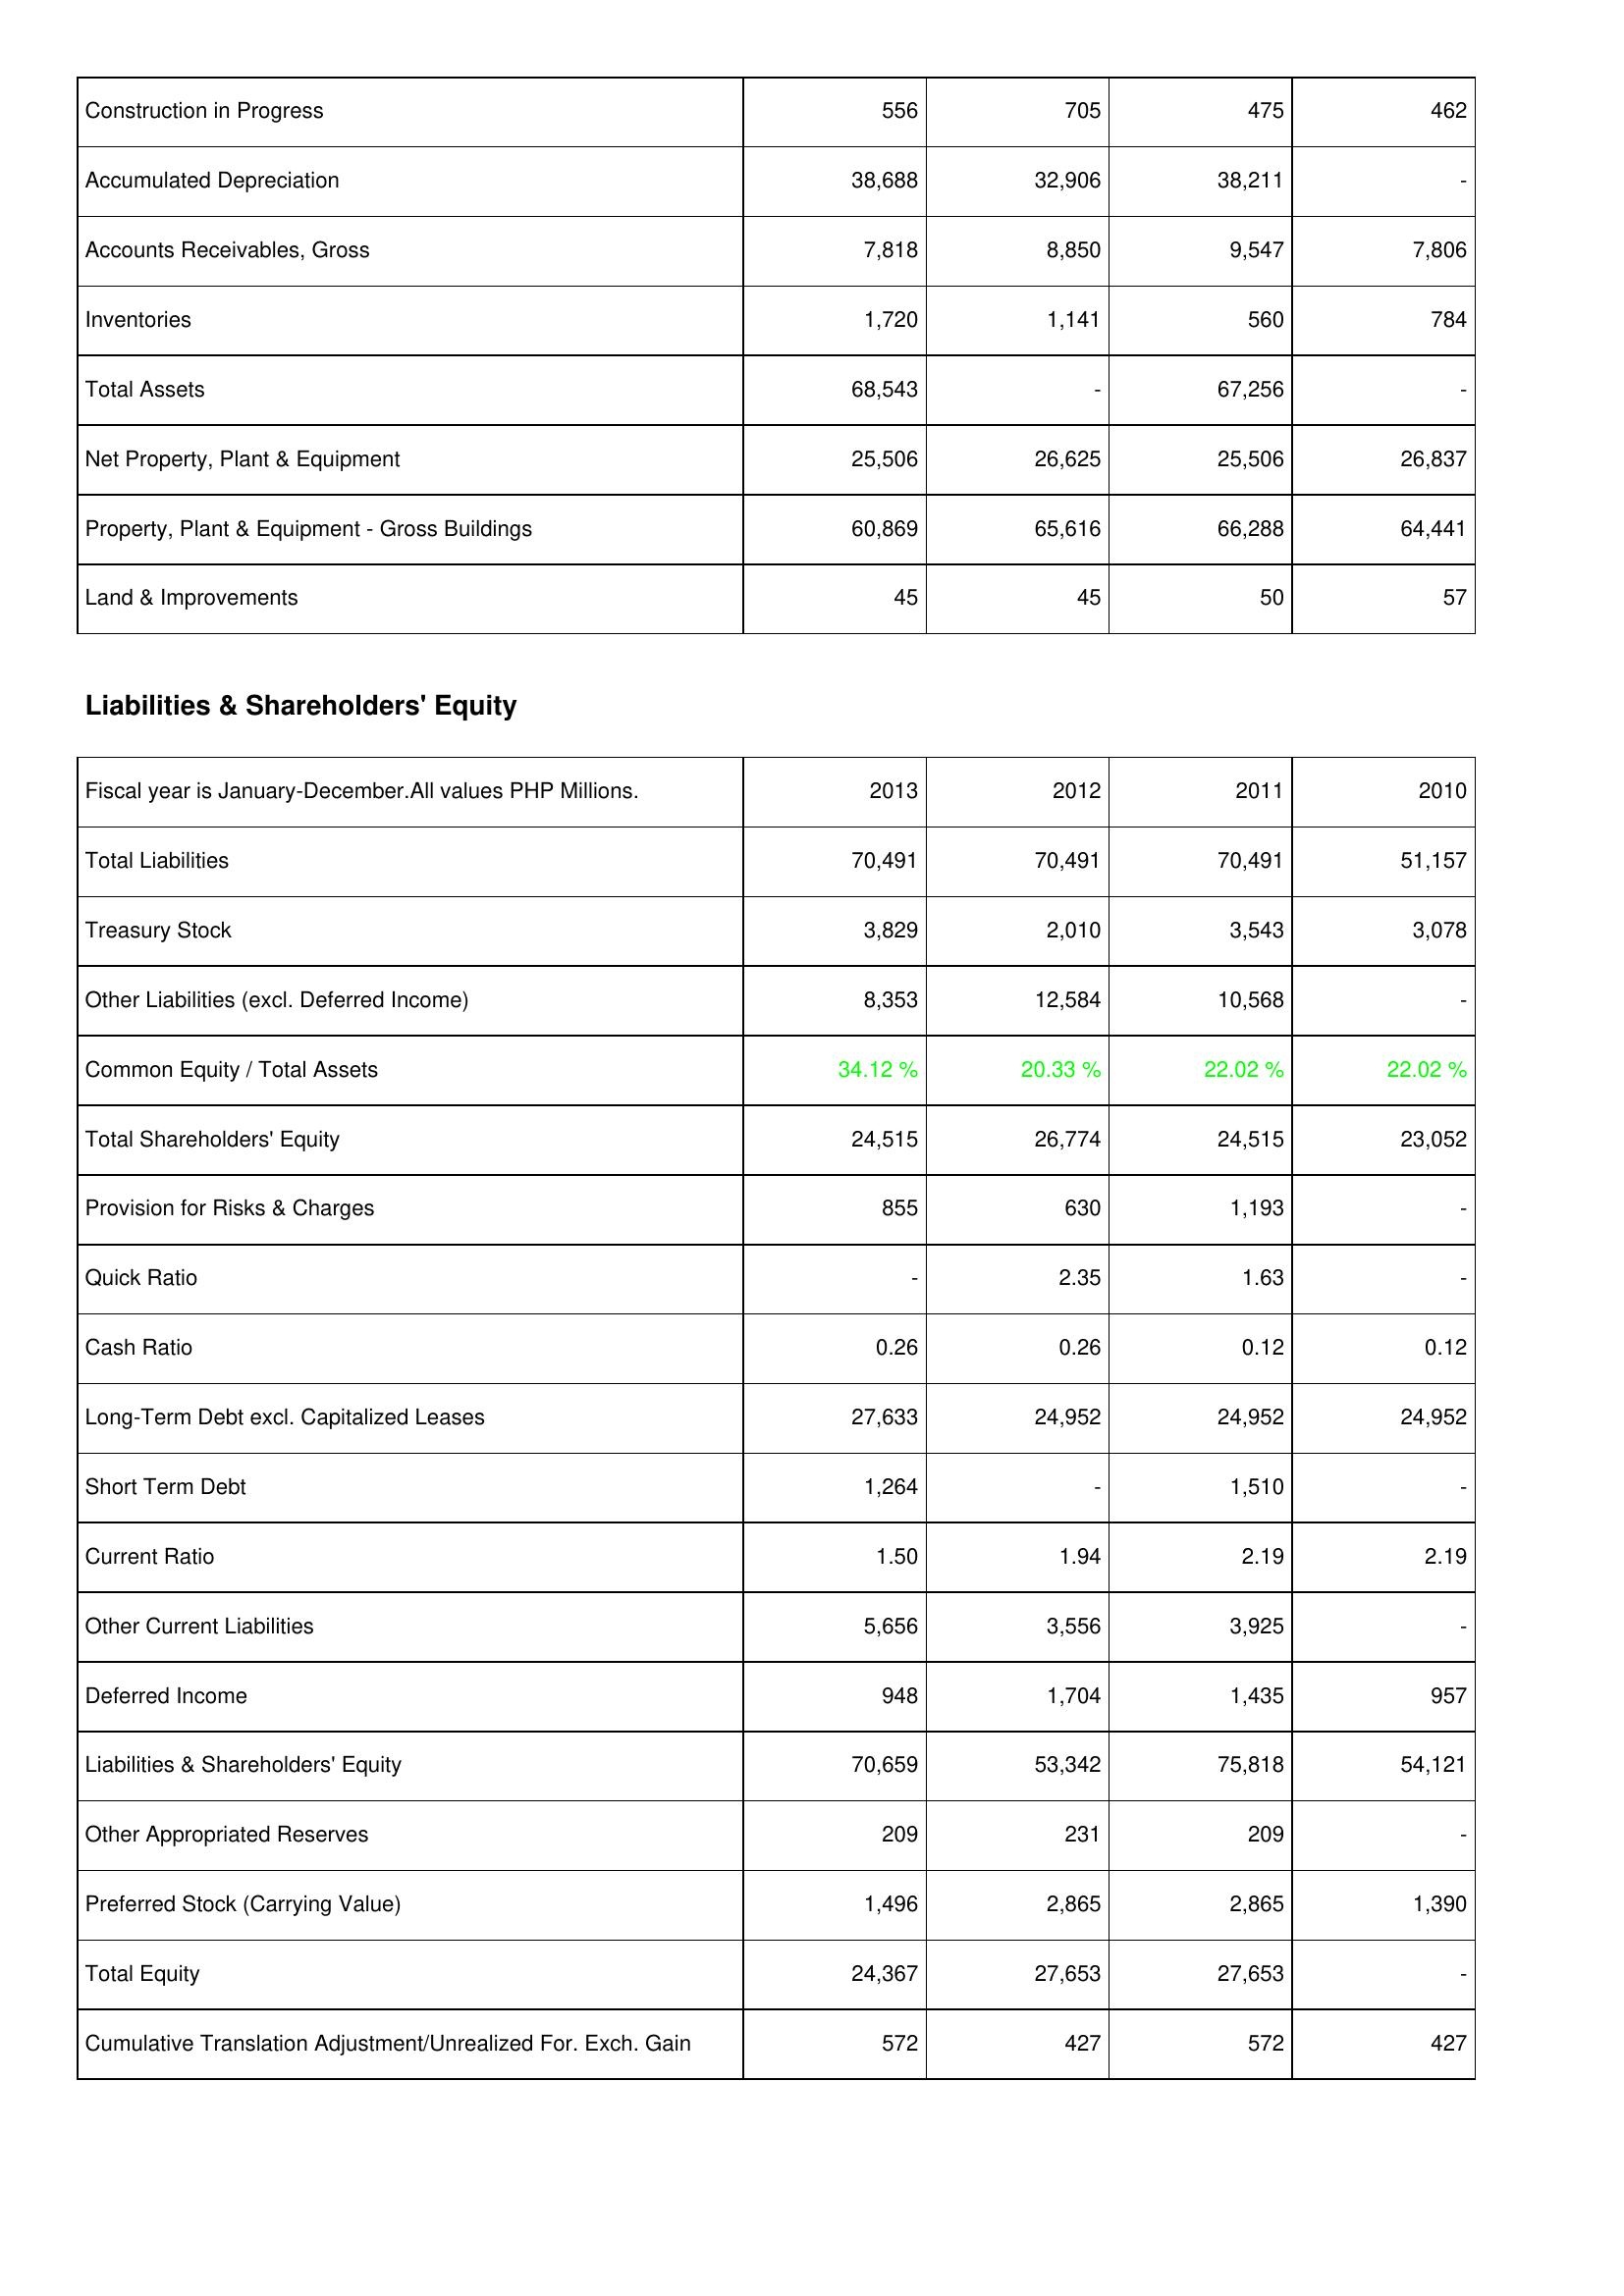
2013: Assets: Construction in Progress: 556
Accumulated Depreciation: 38,688
Accounts Receivables, Gross: 7,818
Inventories: 1,720
Total Assets: 68,543
Net Property, Plant & Equipment: 25,506
Property, Plant & Equipment - Gross Buildings: 60,869
Land & Improvements: 45
Liabilities & Shareholders' Equity: Total Liabilities: 70,491
Treasury Stock: 3,829
Other Liabilities (excl. Deferred Income): 8,353
Common Equity / Total Assets: 34.12 %
Total Shareholders' Equity: 24,515
Provision for Risks & Charges: 855
Quick Ratio: -
Cash Ratio: 0.26
Long-Term Debt excl. Capitalized Leases: 27,633
Short Term Debt: 1,264
Current Ratio: 1.50
Other Current Liabilities: 5,656
Deferred Income: 948
Liabilities & Shareholders' Equity: 70,659
Other Appropriated Reserves: 209
Preferred Stock (Carrying Value): 1,496
Total Equity: 24,367
Cumulative Translation Adjustment/Unrealized For. Exch. Gain: 572
2012: Assets: Construction in Progress: 705
Accumulated Depreciation: 32,906
Accounts Receivables, Gross: 8,850
Inventories: 1,141
Total Assets: -
Net Property, Plant & Equipment: 26,625
Property, Plant & Equipment - Gross Buildings: 65,616
Land & Improvements: 45
Liabilities & Shareholders' Equity: Total Liabilities: 70,491
Treasury Stock: 2,010
Other Liabilities (excl. Deferred Income): 12,584
Common Equity / Total Assets: 20.33 %
Total Shareholders' Equity: 26,774
Provision for Risks & Charges: 630
Quick Ratio: 2.35
Cash Ratio: 0.26
Long-Term Debt excl. Capitalized Leases: 24,952
Short Term Debt: -
Current Ratio: 1.94
Other Current Liabilities: 3,556
Deferred Income: 1,704
Liabilities & Shareholders' Equity: 53,342
Other Appropriated Reserves: 231
Preferred Stock (Carrying Value): 2,865
Total Equity: 27,653
Cumulative Translation Adjustment/Unrealized For. Exch. Gain: 427
2011: Assets: Construction in Progress: 475
Accumulated Depreciation: 38,211
Accounts Receivables, Gross: 9,547
Inventories: 560
Total Assets: 67,256
Net Property, Plant & Equipment: 25,506
Property, Plant & Equipment - Gross Buildings: 66,288
Land & Improvements: 50
Liabilities & Shareholders' Equity: Total Liabilities: 70,491
Treasury Stock: 3,543
Other Liabilities (excl. Deferred Income): 10,568
Common Equity / Total Assets: 22.02 %
Total Shareholders' Equity: 24,515
Provision for Risks & Charges: 1,193
Quick Ratio: 1.63
Cash Ratio: 0.12
Long-Term Debt excl. Capitalized Leases: 24,952
Short Term Debt: 1,510
Current Ratio: 2.19
Other Current Liabilities: 3,925
Deferred Income: 1,435
Liabilities & Shareholders' Equity: 75,818
Other Appropriated Reserves: 209
Preferred Stock (Carrying Value): 2,865
Total Equity: 27,653
Cumulative Translation Adjustment/Unrealized For. Exch. Gain: 572
2010: Assets: Construction in Progress: 462
Accumulated Depreciation: -
Accounts Receivables, Gross: 7,806
Inventories: 784
Total Assets: -
Net Property, Plant & Equipment: 26,837
Property, Plant & Equipment - Gross Buildings: 64,441
Land & Improvements: 57
Liabilities & Shareholders' Equity: Total Liabilities: 51,157
Treasury Stock: 3,078
Other Liabilities (excl. Deferred Income): -
Common Equity / Total Assets: 22.02 %
Total Shareholders' Equity: 23,052
Provision for Risks & Charges: -
Quick Ratio: -
Cash Ratio: 0.12
Long-Term Debt excl. Capitalized Leases: 24,952
Short Term Debt: -
Current Ratio: 2.19
Other Current Liabilities: -
Deferred Income: 957
Liabilities & Shareholders' Equity: 54,121
Other Appropriated Reserves: -
Preferred Stock (Carrying Value): 1,390
Total Equity: -
Cumulative Translation Adjustment/Unrealized For. Exch. Gain: 427